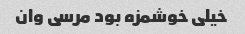
خیلی خوشمزه بود مرسی وان